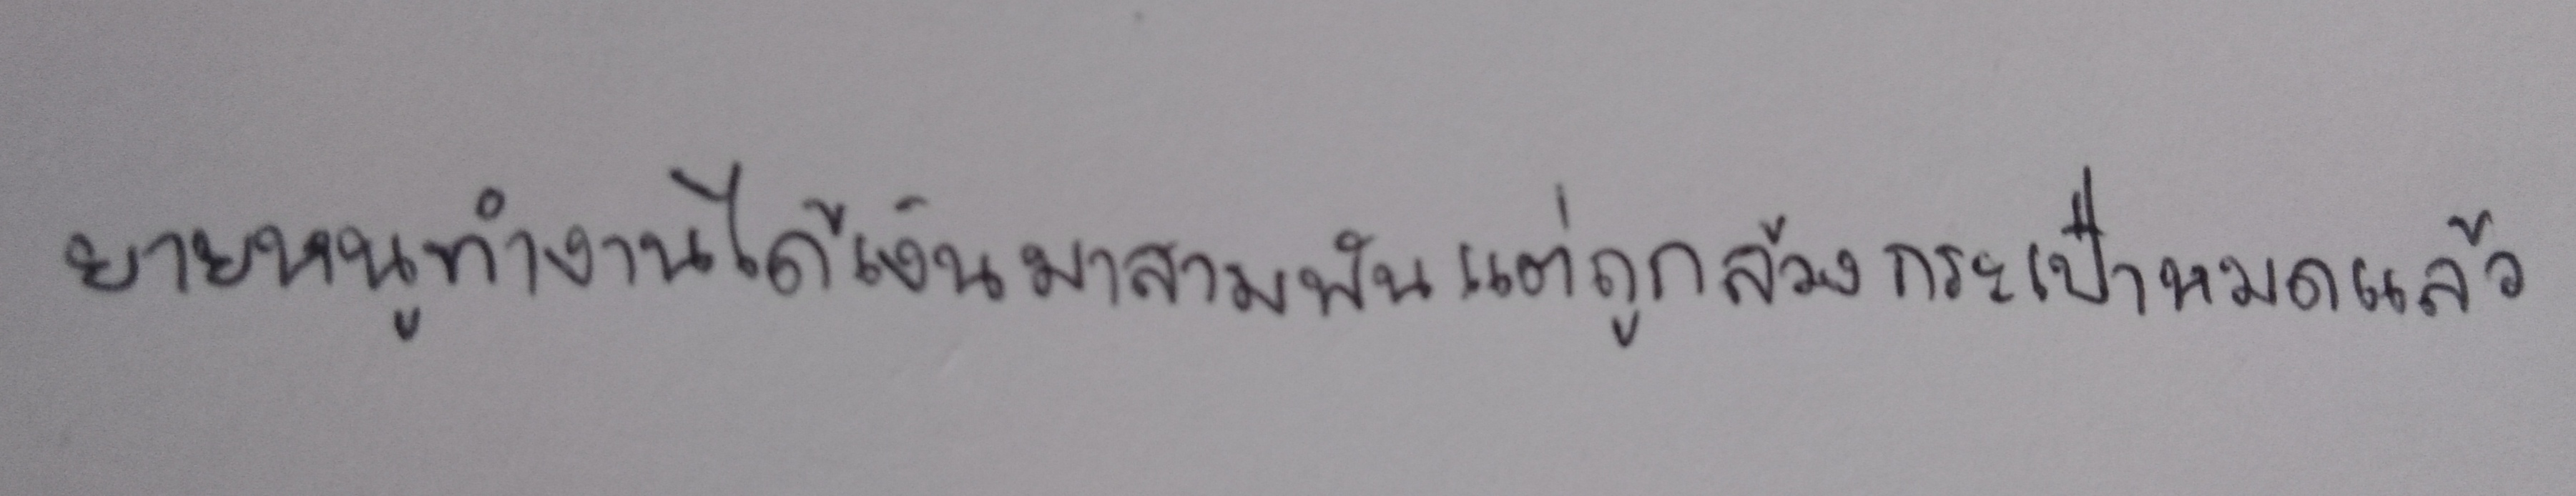
ยายหนูทำงานได้เงินมาสามพันแต่ถูกล้วงกระเป๋าหมดแล้ว